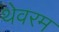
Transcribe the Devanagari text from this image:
थेवरम